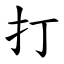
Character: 打